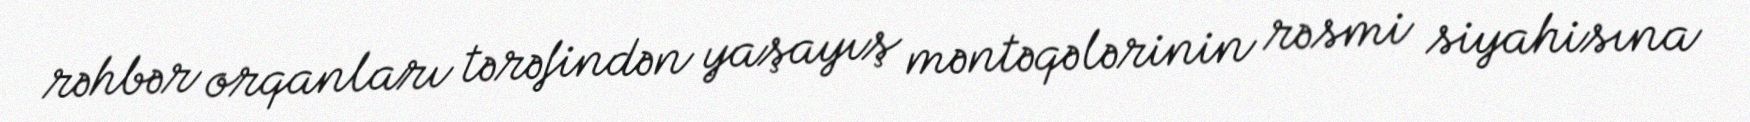
rəhbər orqanları tərəfindən yaşayış məntəqələrinin rəsmi siyahisına